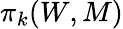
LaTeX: \pi_{k}(W,M)